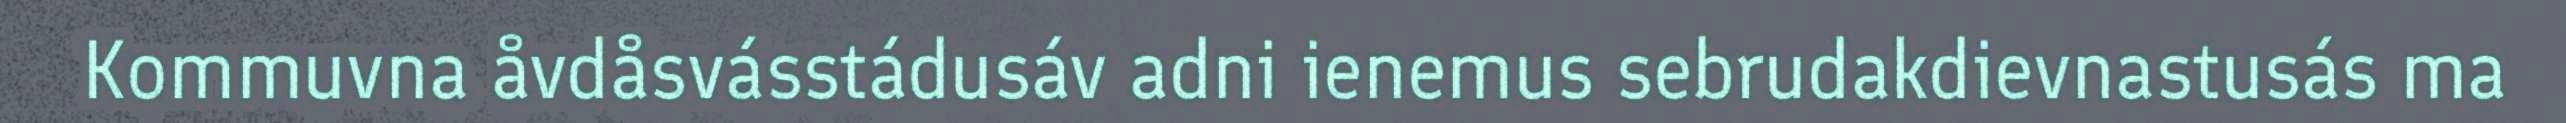
Kommuvna åvdåsvásstádusáv adni ienemus sebrudakdievnastusás ma